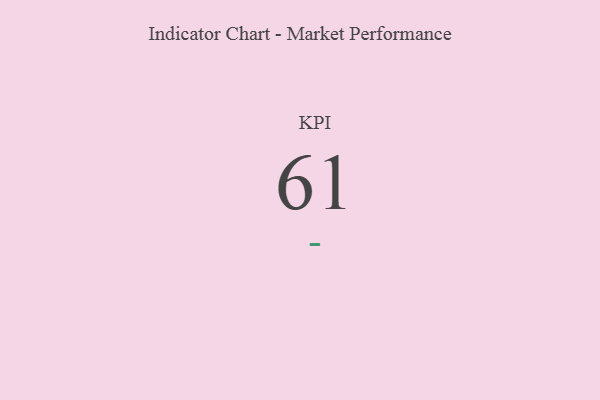
{"axis": {"x": "KPI", "y": "Value"}, "legend": [""], "data": [{"x": "KPI", "y": 61, "type": ""}]}